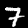
Digit: 7